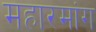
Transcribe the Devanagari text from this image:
महारमांग